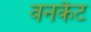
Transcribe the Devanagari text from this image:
वनकैट